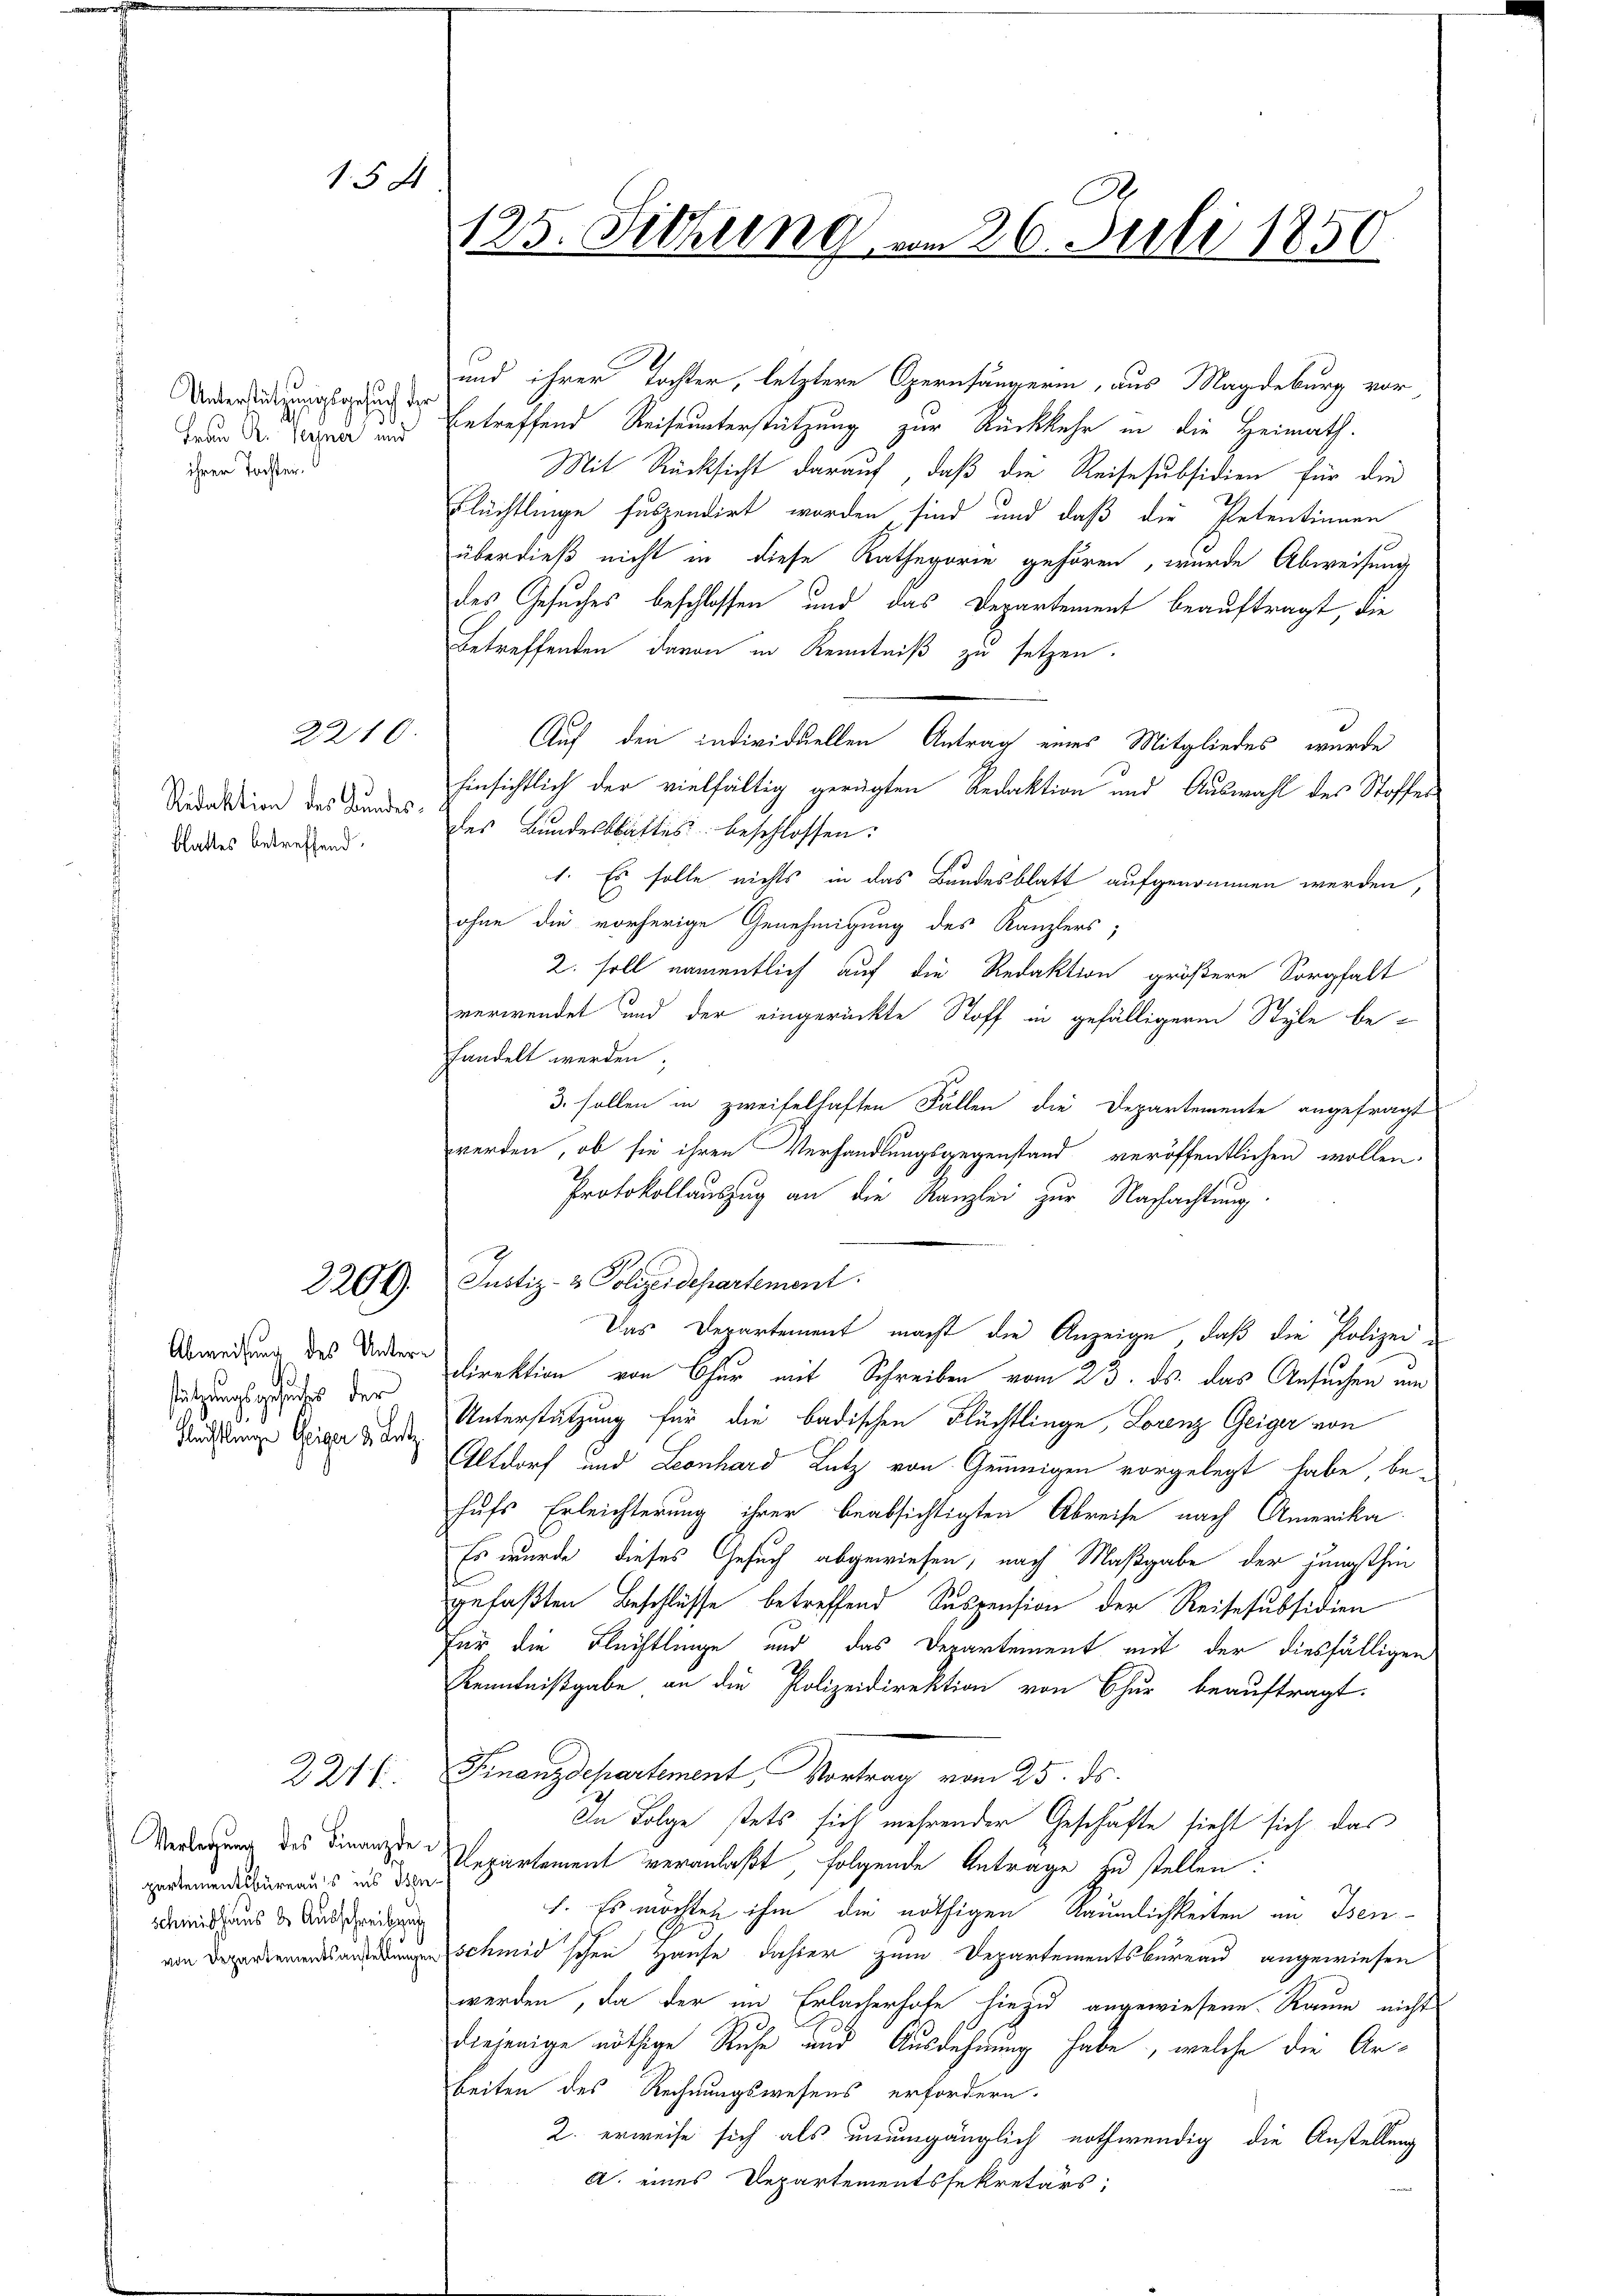
150

Unterstützungsgesuch der
Frau R. Seiner und
ihrer Tochter.

Redaktion des Bundesblattes betreffend

2210.

2209.

stützungsgesuches der
Flechtlinge Geiger 2. Letz

2247

Verlegung des Finanzde
Schmidhaus de Ausschreibung

.
125. Sitzung vom 26. Juli 1850

und ihrer Tochter, letztere Opernsängerin, aus Magdeburg vor
betreffend Reiseunterstützung zur Rückkehr in die Heimath¬
Mit Rücksicht darauf, daß die Reisesubsidien für die
Flüchtlinge suspendirt worden sind und daß die Petentinnen
überdieß nicht in diese Kathegorie gehören, wurde Abweisung
des Gesuches beschlossen und das Departement beauftragt, die
Betreffenden davon in Kenntniß zu setzen.
Auf den individuellen Antrag eines Mitgliedes, wurde
hinsichtlich der vielfältig gerügten Redaktion und Auswahl des Stoffes
des Bundesblattes beschlossen:
1. Es solle nichts in das Bundesblatt aufgenommen werden,
ohne die vorherige Genehmigung des Kanzlers;
2. soll namentlich auf die Redaktion größere Sorgfalt
verwendet und der eingerückte Stoff in gefälligeren Style behandelt werden;
3. sollen in zweifelhaften Fällen die Departemente angefragt
werden, ob sie ihren Verhandlungsgegenstand veröffentlichen wollen.
Protokollauszug an die Kanzlei zur Nachachtung
Justiz- & Polizeidepartement.
Das Departement macht die Anzeige, daß die Polizei
Abwendung des oder Direktion von Chur mit Schreiben vom 23. ds. das Ansuchen um
Unterstützung für die badischen Flüchtlinge, Lorenz Geiger von
Altdorf und Leonhard Lutz von Geunigen vorgelegt habe, behufs Erleichterung ihrer beabsichtigten Abreise nach Amerika
Es wurde dieses Gesuch abgewiesen, nach Maßgabe der jüngsthin
gefaßten Beschlüsse betreffend Suspension der Reisesubsidien
Für die Flüchtlinge und das Departement mit der diesfälligen
Kenntnißgabe an die Polizeidirektion von Chur beauftragt.
Finanzdepartement, Vortrag vom 25. ds.
An Folge stets sich mehrender Geschäfte sieht sich das
remenden Repartement veranlaßt, folgende Antrage zu stellen.
1. Es möchten ihm die nöthigen Räumlichkeiten am Isenschnischen Hause daher zum Departementsbureau angewiesen
werden, da der im Erlacherhofe hiezu angewiesene Raum nicht
diejenige nöthige Ruhe und Ausdehnung habe, welche die Arbeiten des Rechnungswesens erfordern.
2. erweise sich als unumgänglich nothwendig die Anstellung
A. eines Departementssekretärs: